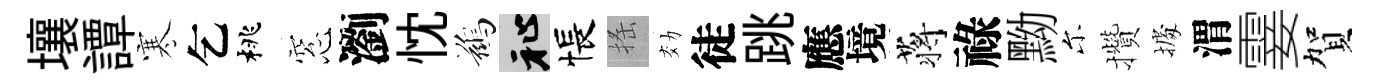
壤譚寒乞桃窓瀏忱鷀祉悵搖効徒跳應境蒋祿黝尓攢𢴃渭霎賀